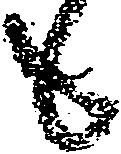
も